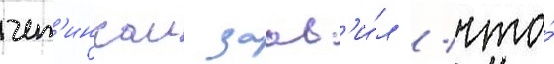
чет'инкаи заав'и́л / что́